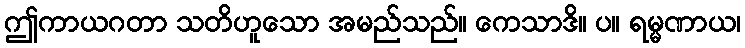
ဤကာယဂတာ သတိဟူသော အမည်သည်။ ကေသာဒိ။ ပ။ ရမ္မဏာယ၊